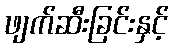
ဖျက်ဆီးခြင်းနှင့်